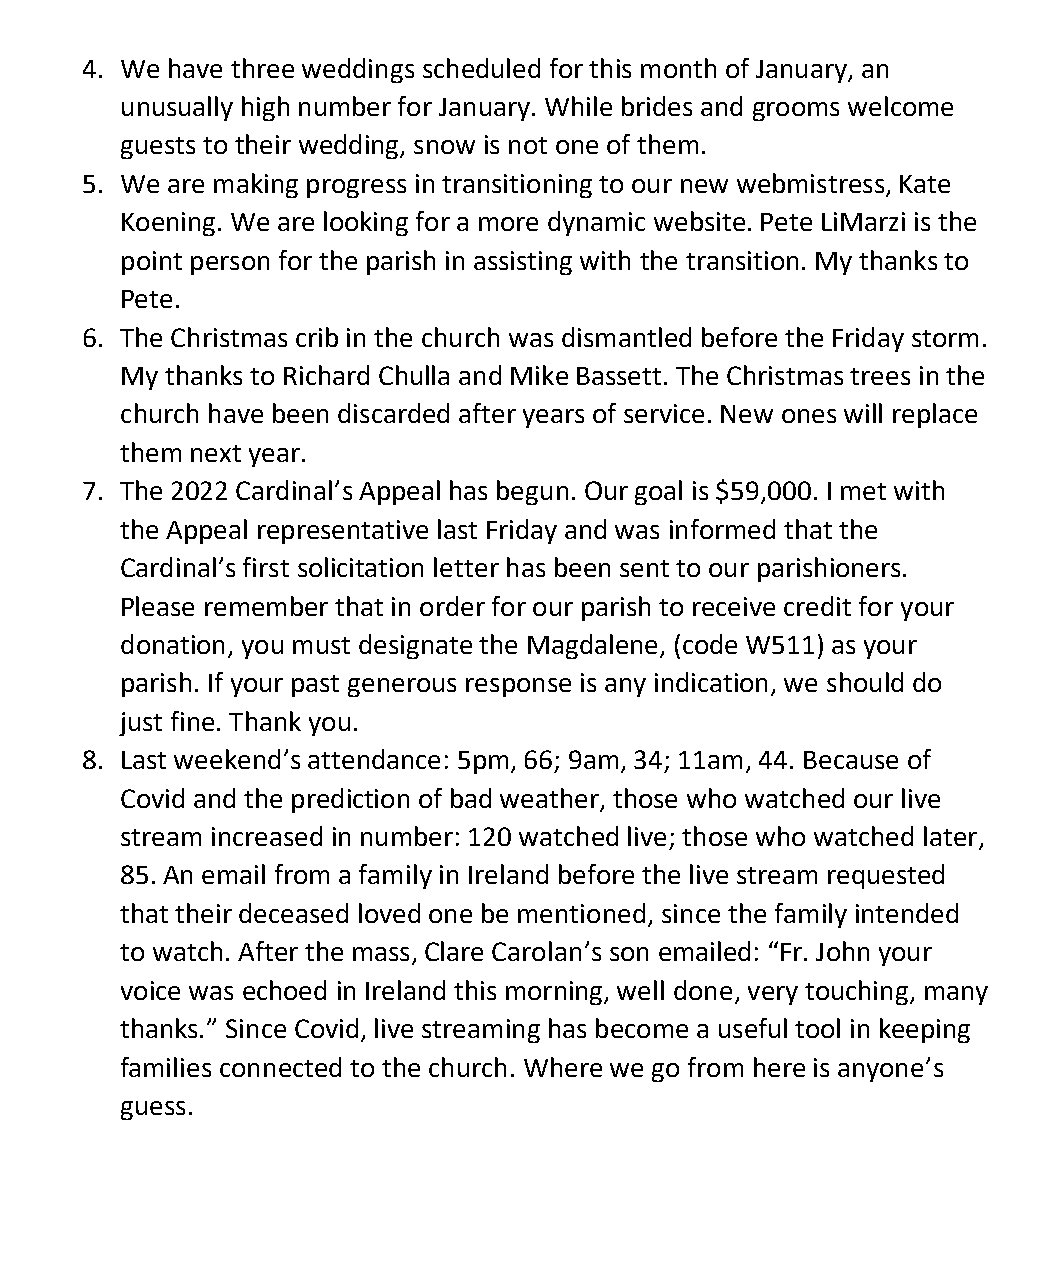
4. We have three weddings scheduled for this month of January, an
 unusually high number for January. While brides and grooms welcome
 guests to their wedding, snow is not one of them.
 5. We are making progress in transitioning to our new webmistress, Kate
 Koening. We are looking for a more dynamic website. Pete LiMarzi is the
 point person for the parish in assisting with the transition. My thanks to
 Pete.
 6. The Christmas crib in the church was dismantled before the Friday storm.
 My thanks to Richard Chulla and Mike Bassett. The Christmas trees in the
 church have been discarded after years of service. New ones will replace
 them next year.
 7. The 2022 Cardinal’s Appeal has begun. Our goal is $59,000. I met with
 the Appeal representative last Friday and was informed that the
 Cardinal’s first solicitation letter has been sent to our parishioners.
 Please remember that in order for our parish to receive credit for your
 donation, you must designate the Magdalene, (code W511) as your
 parish. If your past generous response is any indication, we should do
 just fine. Thank you.
 8. Last weekend’s attendance: 5pm, 66; 9am, 34; 11am, 44. Because of
 Covid and the prediction of bad weather, those who watched our live
 stream increased in number: 120 watched live; those who watched later,
 85. An email from a family in Ireland before the live stream requested
 that their deceased loved one be mentioned, since the family intended
 to watch. After the mass, Clare Carolan’s son emailed: “Fr. John your
 voice was echoed in Ireland this morning, well done, very touching, many
 thanks.” Since Covid, live streaming has become a useful tool in keeping
 families connected to the church. Where we go from here is anyone’s
 guess.